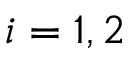
i = 1 , 2